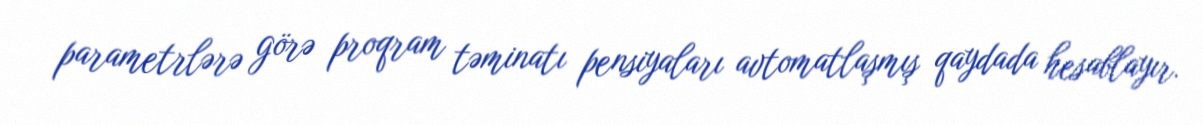
parametrlərə görə proqram təminatı pensiyaları avtomatlaşmış qaydada hesablayır.